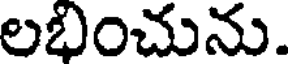
లభించును.